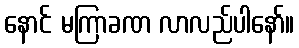
နောင် မကြာခဏ လာလည်ပါနော်။